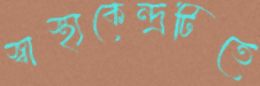
স্বাস্থ্যকেন্দ্রটিতে